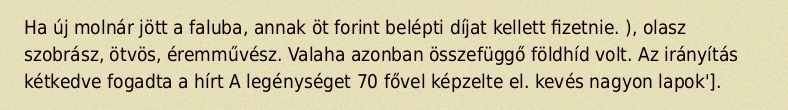
Ha új molnár jött a faluba, annak öt forint belépti díjat kellett fizetnie. ), olasz szobrász, ötvös, éremművész. Valaha azonban összefüggő földhíd volt. Az irányítás kétkedve fogadta a hírt A legénységet 70 fővel képzelte el. kevés nagyon lapok'].